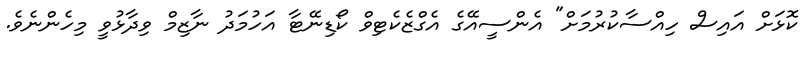
ކޮޅަށް އައިސް ހިއްސާކުރުމަށް" އެންސީއޭގެ އެގްޒެކެޓިވް ކޯޑިނޭޓާ އަހުމަދު ނާޒިމް ވިދާޅުވީ މިހެންނެވެ.